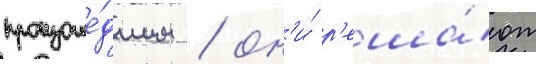
произоше́дшим / он'и́ р'еша́ют